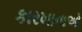
કારખાનાઓ